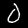
Digit: 0